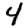
Digit: 4